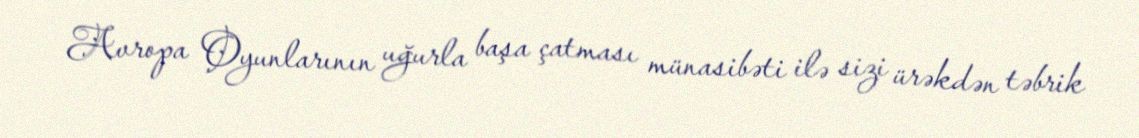
Avropa Oyunlarının uğurla başa çatması münasibəti ilə sizi ürəkdən təbrik